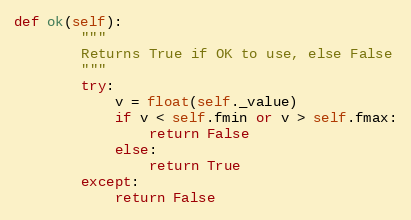
Language: Python
def ok(self):
        """
        Returns True if OK to use, else False
        """
        try:
            v = float(self._value)
            if v < self.fmin or v > self.fmax:
                return False
            else:
                return True
        except:
            return False